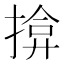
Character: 揜